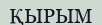
ҚЫРЫМ